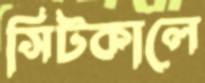
সিটকালে